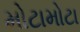
મોટામોટા